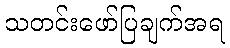
သတင်းဖော်ပြချက်အရ